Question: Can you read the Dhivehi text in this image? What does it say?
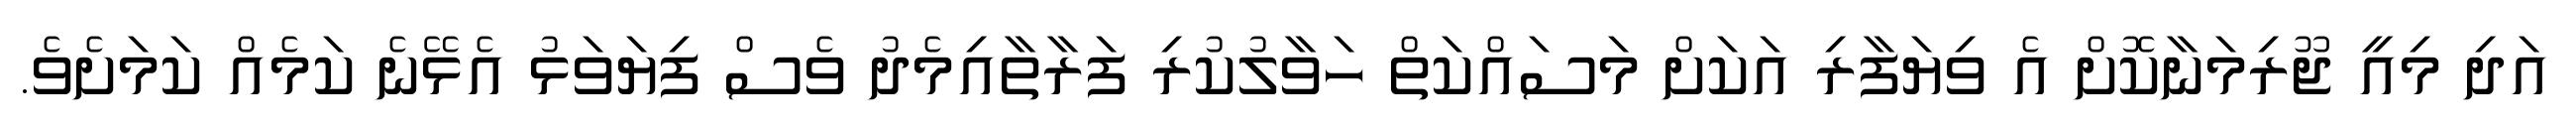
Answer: އަދި މިއީ ޖޫރިމަނާކޮށް އެ ވިޔަފާރި އަކަށް މަސައްކަތް ހަވާލުކުރި ފަރާތާއިމެދު ވެސް ފިޔަވަޅު އެޅޭނެ ކަމެއް ކަމަށެވެ.